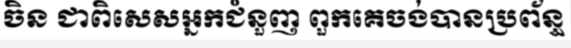
ចិន ជាពិសេសអ្នកជំនួញ ពួកគេចង់បានប្រព័ន្ធ